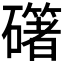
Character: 𥗁